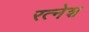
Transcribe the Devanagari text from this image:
रत्‍नेश